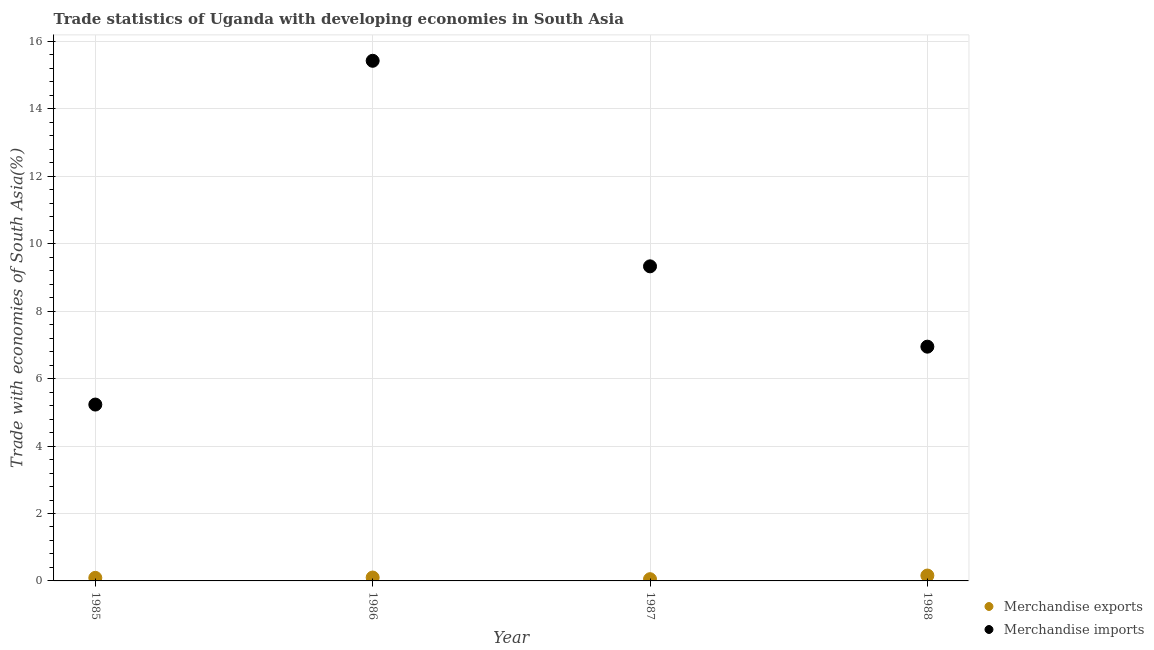
| Year | Merchandise exports | Merchandise imports |
 | --- | --- | --- |
 | 1985 | 0.0909 | 5.23 |
 | 1986 | 0.1 | 15.4 |
 | 1987 | 0.0516 | 9.33 |
 | 1988 | 0.16 | 6.95 |